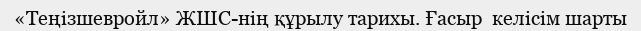
«Теңізшевройл» ЖШС-нің құрылу тарихы. Ғасыр  келісім шарты